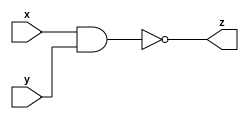
module nand_gate_n (x, y, z);
  parameter n = 0;
  input [n-1:0] x;
  input [n-1:0] y;
  output [n-1:0] z;
  
  assign z = ~(x&y) ;
  
  
endmodule